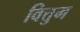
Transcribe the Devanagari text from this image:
वित्तुम